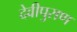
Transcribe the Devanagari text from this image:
देवीपुराण